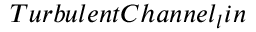
T u r b u l e n t C h a n n e l _ { l } i n